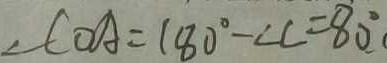
\angle C O A = 1 8 0 ^ { \circ } - \angle C = 8 0 ^ { \circ }